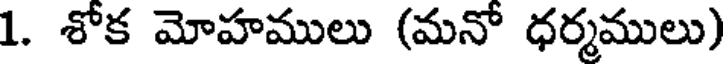
1. శోక మోహములు (మనో ధర్మములు)